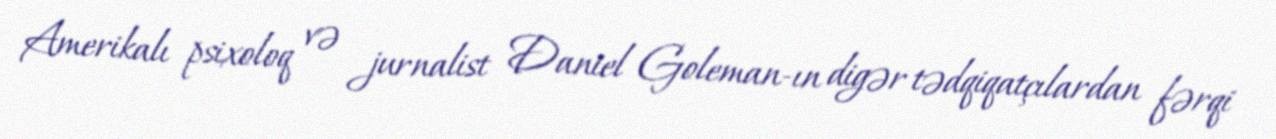
Amerikalı psixoloq və jurnalist Daniel Goleman-ın digər tədqiqatçılardan fərqi